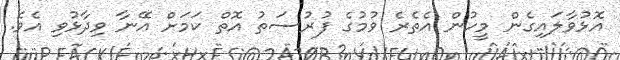
އޮޅުވާލައިގެން މީހުން އެތެރެ ވުމުގެ ފުރުސަތު އޮތް ކަމަށް އޭނާ ވިދާޅުވި އެވެ.